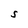
Character: S